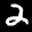
Label: 2